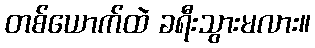
တစ်ယောက်ထဲ ခရီးသွားမလား။